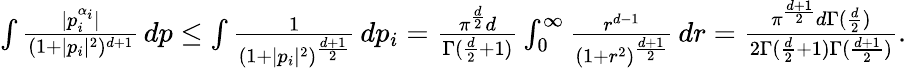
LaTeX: \begin{array}{r}{\int\frac{|p_{i}^{\alpha_{i}}|}{(1+|p_{i}|^{2})^{d+1}}\, dp\leq\int\frac{1}{(1+|p_{i}|^{2})^{\frac{d+1}{2}}}\, dp_{i}=\frac{\pi^{\frac{d}{2}}d}{\Gamma(\frac{d}{2}+1)}\int_{0}^{\infty}\frac{r^{d-1}}{(1+r^{2})^{\frac{d+1}{2}}}\, dr=\frac{\pi^{\frac{d+1}{2}}d\Gamma(\frac{d}{2})}{2\Gamma(\frac{d}{2}+1)\Gamma(\frac{d+1}{2})}.}\end{array}